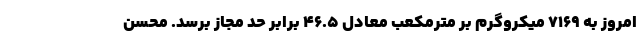
امروز به ۷۱۶۹ میکروگرم بر مترمکعب معادل ۴۶.۵ برابر حد مجاز برسد. محسن